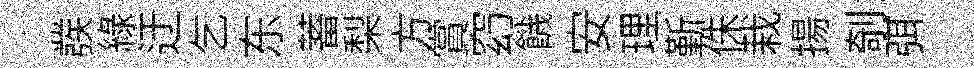
彂綠迂乞东蓄梨方賞𥥆饑安理斳侏栽揚剞弭